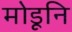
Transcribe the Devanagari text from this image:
मोडूनि